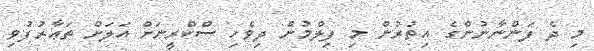
މި ދެ ފަންނާނުންގެ އިތުރުން މި ފިލްމުން ދިވެހި ސްކްރީނަށް އަލަށް ތަޢާރުފުވި